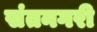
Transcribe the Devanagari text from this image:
संतनगरी